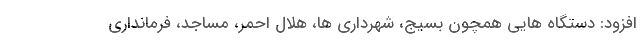
افزود: دستگاه هایی همچون بسیج، شهرداری ها، هلال احمر، مساجد، فرمانداری